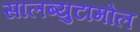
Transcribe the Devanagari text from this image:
सालब्युटामोल